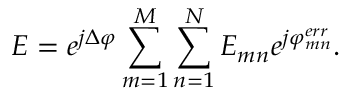
E = e ^ { j \Delta \varphi } \sum _ { m = 1 } ^ { M } \sum _ { n = 1 } ^ { N } E _ { m n } e ^ { j \varphi _ { m n } ^ { e r r } } .